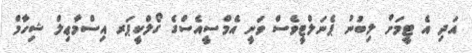
އަދި އެ ޓީމަށް ލިބުނު ޕެނަލްޓީވެސް ވަނީ އެމްސީއެސްގެ ގޯލްކީޕަރ އިސްމާޢިލް ޝިހާމް